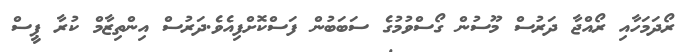
ރޯދަމަހާއި ރޯއްޖާ ދަރުސް މޫސުން ގޯސްވުމުގެ ސަބަބުން ފަސްކޮށްފިއެވެ.ދަރުސް އިންތިޒާމް ކުރާ ޕީސް